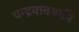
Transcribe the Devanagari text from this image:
चन्द्रवाक्यानि